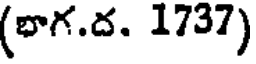
(భాగ.ద. 1737)